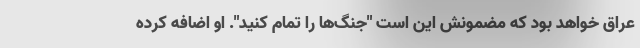
عراق خواهد بود که مضمونش این است "جنگ‌ها را تمام کنید". او اضافه کرده